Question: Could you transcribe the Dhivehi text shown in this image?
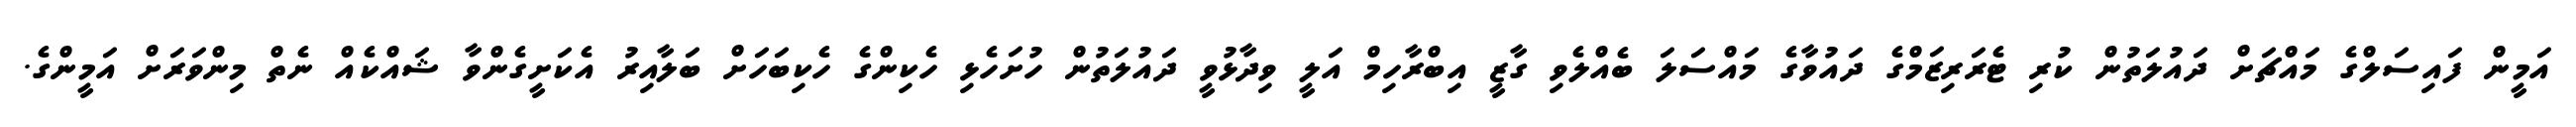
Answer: އަމީން ފައިސަލްގެ މައްޗަށް ދައުލަތުން ކުރި ޓެރަރިޒަމްގެ ދައުވާގެ މައްސަލަ ބެއްލެވި ގާޒީ އިބްރާހިމް އަލީ ވިދާޅުވީ ދައުލަތުން ހުށަހެޅި ހެކިންގެ ހެކިބަހަށް ބަލާއިރު އެކަށީގެންވާ ޝައްކެއް ނެތް މިންވަރަށް އަމީންގެ.